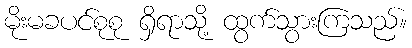
မိုးမခပင်စုစု ရှိရာသို့ ထွက်သွားကြသည်။